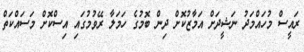
ރައީސް މުހައްމަދު ނަޝީދަށް އަމާޒުކޮށް ދިންް ބޮމުގެ ހަމަލާ ރޭވުމުގައި އިސްކޮށް މަސައްކަތް